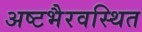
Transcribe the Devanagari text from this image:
अष्टभैरवस्थित